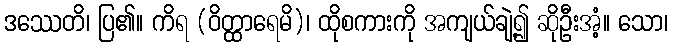
ဒဿေတိ၊ ပြ၏။ ကိရ (ဝိတ္ထာရေမိ)၊ ထိုစကားကို အကျယ်ချဲ့၍ ဆိုဦးအံ့။ သော၊